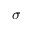
\sigma